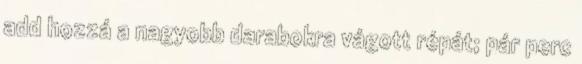
add hozzá a nagyobb darabokra vágott répát; pár perc